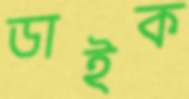
ডাইক